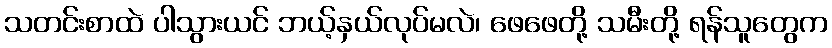
သတင်းစာထဲ ပါသွားယင် ဘယ့်နှယ်လုပ်မလဲ၊ ဖေဖေတို့ သမီးတို့ ရန်သူတွေက